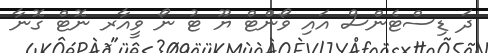
ދަ ޑިސްޓެންސް އައި ވޯންޓް ޔޫ ޓު ނޯ ވީއާރ ނޮޓް ގޮނާ